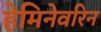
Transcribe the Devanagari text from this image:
हेमिनेवरिन